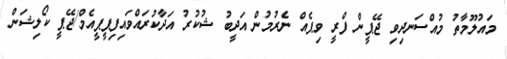
މައުލޫމާތު މުއްސަނދިވި ޖޭޕީން ފްރީ ވިޕެއް ނެރުމުން އަދީބު ޝުކުރު އަދާކުރައްވައިފިޕީޕީއެމް/ޖޭޕީ ކޯލިޝަން